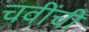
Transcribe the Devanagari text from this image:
चवींची